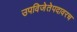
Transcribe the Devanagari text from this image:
उपविजेतेपदावरच